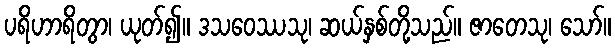
ပရိဟာရိတွာ၊ ယုတ်၍။ ဒသဝေဿသု၊ ဆယ်နှစ်တို့သည်။ ဇာတေသု၊ သော်။